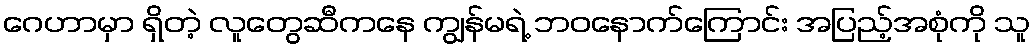
ဂေဟာမှာ ရှိတဲ့ လူတွေဆီကနေ ကျွန်မရဲ့ ဘဝနောက်ကြောင်း အပြည့်အစုံကို သူ